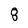
Character: 8